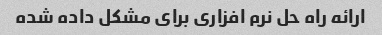
ارائه راه حل نرم افزاری برای مشکل داده شده